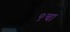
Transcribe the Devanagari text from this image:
९चा